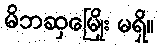
မိဘဆှမြေိုး မရှိ။